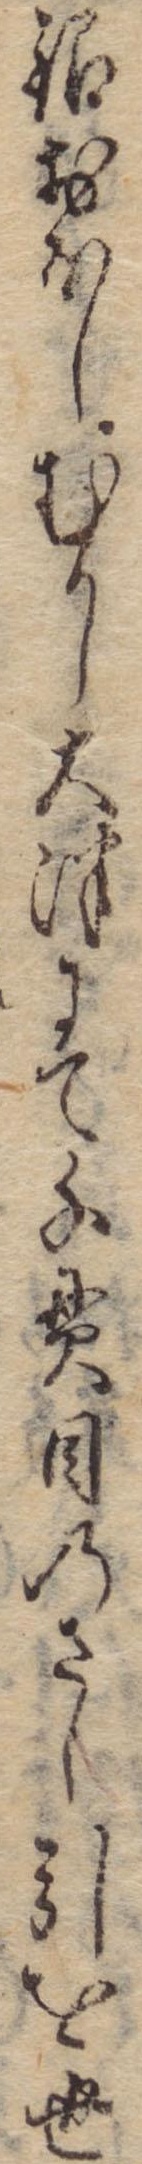
銀おほしむかし大津にて千貫目のさし引を世